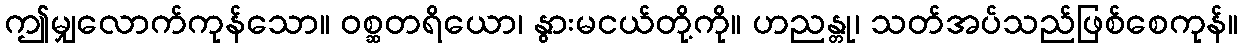
ဤမျှလောက်ကုန်သော။ ဝစ္ဆတရိယော၊ နွားမငယ်တို့ကို။ ဟညန္တု၊ သတ်အပ်သည်ဖြစ်စေကုန်။